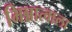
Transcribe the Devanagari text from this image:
भिन्नात्वाला